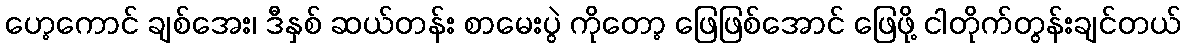
ဟေ့ကောင် ချစ်အေး၊ ဒီနှစ် ဆယ်တန်း စာမေးပွဲ ကိုတော့ ဖြေဖြစ်အောင် ဖြေဖို့ ငါတိုက်တွန်းချင်တယ်